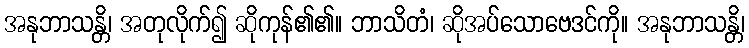
အနုဘာသန္တိ၊ အတုလိုက်၍ ဆိုကုန်၏၏။ ဘာသိတံ၊ ဆိုအပ်သောဗေဒင်ကို။ အနုဘာသန္တိ၊